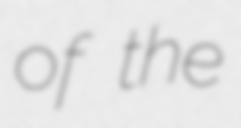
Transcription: of the